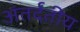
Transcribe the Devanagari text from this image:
अंतर्दंतीय